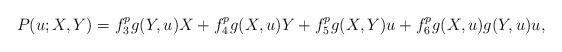
LaTeX: \begin{align*} P(u;X,Y)=f_{3}^{p}g(Y,u)X+f_{4}^{p}g(X,u)Y+f_{5}^{p}g(X,Y)u+f_{6}^{p}g(X,u)g(Y,u)u, \end{align*}